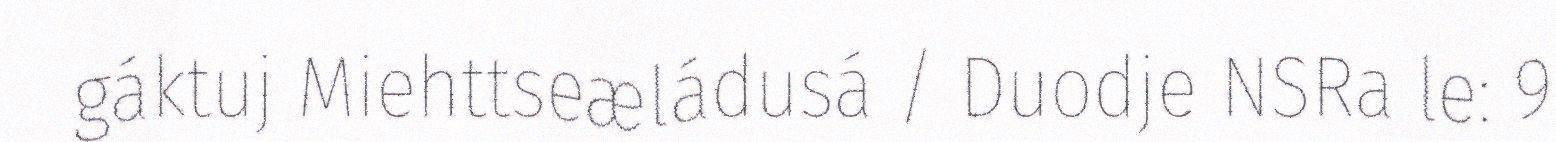
gáktuj Miehttseæládusá / Duodje NSRa le: 9